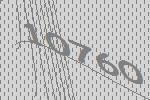
10760